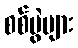
စစ်ပွဲများ